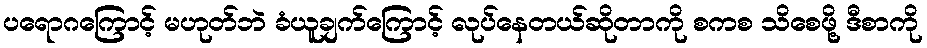
ပရောဂကြောင့် မဟုတ်ဘဲ ခံယူချက်ကြောင့် လုပ်နေတယ်ဆိုတာကို စကစ သိစေဖို့ ဒီစာကို